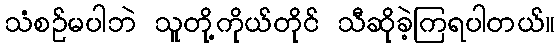
သံစဉ်မပါဘဲ သူတို့ကိုယ်တိုင် သီဆိုခဲ့ကြရပါတယ်။